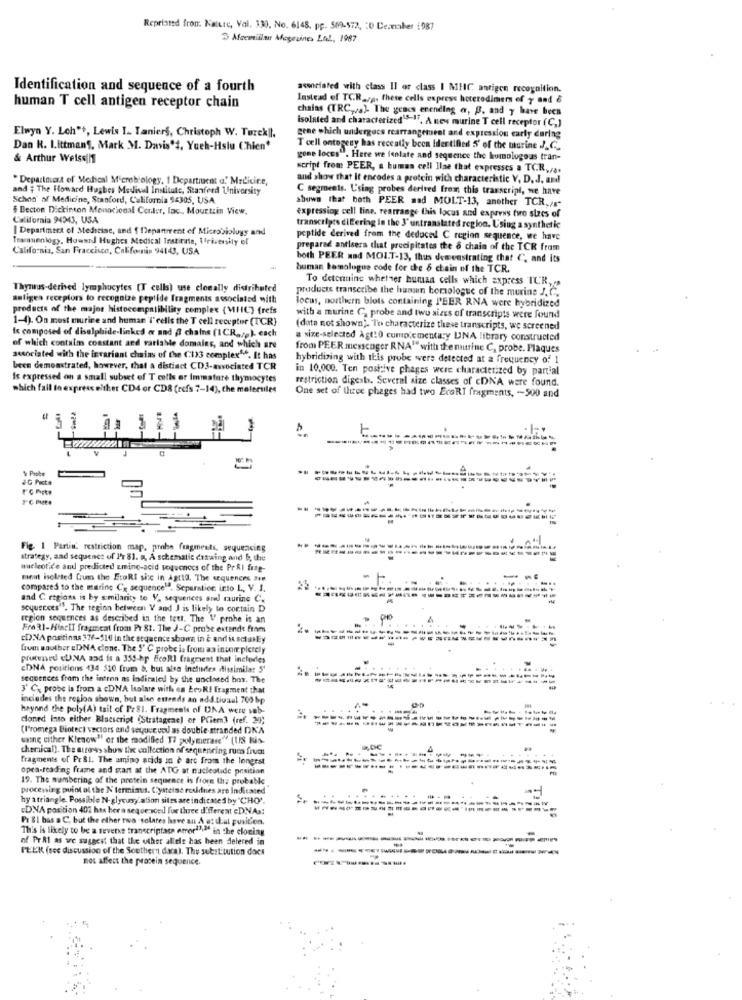
Reprinted from. Kalutc, Val. 330, No. 6148, pp. 569-572, : 0 December 1987
3 Aloemillau Mogezines Lul ., 1987
Identification and sequence of a fourth
axenciated with class Il or class I MHC antigen recognition.
Instead of TCR_zp. these cells express hoterodimers of y and &
human T cell antigen receptor chain
chains (TRC, a). The genes enending a, B, and y have been
isolated and characterized . A new murine T cell receptor (C.)
Elwyn Y. Lch"+, Lewis I. Taniers, Christoph W. TurckIl.
gene which undergocs rearrangetuent and expression early during
Dan H. Littman", Mark M. Davis't, Yueh-Hslu Chien"
T cell ontogeny has recently been identified 5' of the murine J. C_
& Arthur Weiss|1
gene locss". Here we fenlate and sequence the homologoas tran-
script from PEER, a bumas cell line that expresses a TCR./ ..
* Department of Medical Microbiology, 1 Departiucat a.' Medicine,
and show that It encodes a protein with characteristic Y, D. J, and
and # The Howard Hughes Medical Institute, Stanford University
C segments. L'sing probes derived from this transcript, we have
Schon of Medicine, Stanford, California $4305, USA
shown that both PEER and MOLT-13, another TCR, /s"
$ Becton Dickinson Monocional Center, lac, Mourtrin View.
California 94343, USA
expressing cell line. rearrange this locus and express two slacs of
| Department of Medicine, and f Department of Microbiology and
transcripts diEering in the J' untranslated region. Using a synthetic
Trammenlogy, Howard Hughes Medical Institute, Irivensity of
peptide derived from the deduced C region sequence, we have
California, San Francisco, California 94143, USA
prepared antlsers that precipitates the & chain of the TCR from
both PEER nad MOIT-13, thus demonstrating that C, and its
buman homologue code for dre 8 chain of the TCR.
To detcrains whether human cells which express TUR,
Thymus-derived lymphocytes (T cells) use clocally distributed
products transcribe the humain homologue of the murine J.C.
aeliges receptors to recognize peptide fragments associated with
products of the major histocompatibility complex (MHC] (refs
locus, northern blots containing PEER RNA were hybridized
1-4). On most murine and human 'I'cells the T cell receptor (TCR}
with a murine C, probe and two sizes of transcripts were found
Is composed of disalphide-linked o and f chains (1CR ,,, ). each
(data not shown). To characterize these transcripts, we screened
a size-selected Agt10 complementary UNA library constructed
of which contains constant and variable domains, and which are
from PEER messenger RNA" with the mutrine C, probe. Plaques
associated with the invariant chains of the C13 complex5.f. It has
hybridiving with this probe were detected at a frequency of 1
been demonstrated, however, that a distinct CD3-associated TCR
in 10,000. Ten postive phages were characterized by partial
Is expressed on a small subset of T cells er Immature thymocytes
restriction digests. Several size classes of cDNA were found.
which fail to express either CD4 or CD8 (refs 7-14), che molecules
One set of tuce phages had two EcoRT fragments, -- 500 and
1 Piste
JG Pista
Fig. 1 Partin' restriction map, probe fragments, sequencing
strategy, and sequence of P'7 81. a, A schematic dataing and b, the
nucleotid'e and predicted zming-acid soquenocs of the PrAI fung-
meint isolated Gum the EtoRt sic in Agtta. The sequences sie
compares to the metrine Cx sequence" . Separation into L, V. J.
and C regions is by similarity to V. sequences and maurine C.
scyusEces". The region between V and J is likely to cortain D
region sequences as described in the tett. The V prohe is an
Fre 31-HincII fragmeat from PY 81. The J-C probe extend: fram
cD:NA positinas 376-510 in the sequence shown in è and is actasly
fava another EDNA clone. The S' C probe i. from an incorr plerely
putened UNA and is a 355-hp EcoRl fragment that includes
EDNA positions 434 510 frum &, but also includes dissimilar S'
sequences from the intron as indicated by the unclosed bos. The
3' Cx probe is from a cDNA isolare with en Leuk! fragment that
includes the region shown, but also esteeds an add tivaul 700 bp
hayand the poly(A) tail of Pr81. Fragments of DNA were sob-
doned into either Bluescript (Stratagene) or PCiem3 (ref. 2)
(Promega Biotec) vectors end sequce up as double stranded DK'A
winę either Klenow" or the modified TI polymerase" (US Kis-
chemical). The arrows shus tire collection of sequencing rum fruct
fragments of Pr SI. The amino acids in e art from the longest
open-reading frame and start at the ATG at nucleotide position
19. The numbering of the protein sequence is from the probabke
processing point of the N'termins. Cysteine residues are Indicated
hy a triangle. Possible N- glycurry.ation sites are indicated by "CHO".
DNA position 402 has her a sequenced for three different cDNAs:
Pr &I bas a C, but the other two -solates have an A o: il.ut position.
This is likely to be a reverse transcriptase emor""""" in the cloning
of PrAl as we suggest that the other allele has been delered in
---
--
PEER (sec discussion of the Southern daca). The substitution does
-------
not affect the protein sequence.